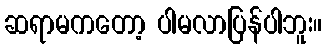
ဆရာမကတော့ ပါမလာပြန်ပါဘူး။